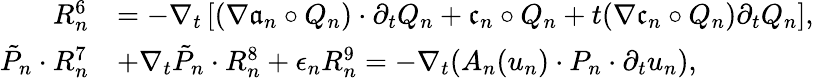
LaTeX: \begin{array}{rl}{R_{n}^{6}}&{=-\nabla_{t}\left[(\nabla\mathfrak{a}_{n}\circ Q_{n})\cdot\partial_{t}Q_{n}+\mathfrak{c}_{n}\circ Q_{n}+t(\nabla\mathfrak{c}_{n}\circ Q_{n})\partial_{t}Q_{n}\right],}\\ {\tilde{P}_{n}\cdot R_{n}^{7}}&{+\nabla_{t}\tilde{P}_{n}\cdot R_{n}^{8}+\epsilon_{n}R_{n}^{9}=-\nabla_{t}(A_{n}(u_{n})\cdot P_{n}\cdot\partial_{t}u_{n}),}\end{array}